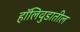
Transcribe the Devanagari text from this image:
हॉलिवुडातील